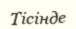
Тісінде